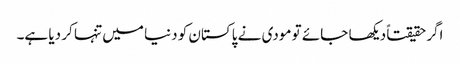
اگرحقیقتاً دیکھا جائے تو مودی نے پاکستان کو دنیا میں تنہا کر دیا ہے۔